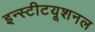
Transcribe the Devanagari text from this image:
इन्स्टीटयूशनल